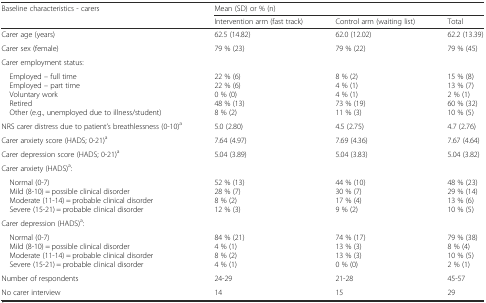
<table><thead><tr><td rowspan="2"><b>Baseline characteristics - carers</b></td><td colspan="3"><b>Mean (SD) or % (n)</b></td></tr><tr><td><b>Intervention arm (fast track)</b></td><td><b>Control arm (waiting list)</b></td><td><b>Total</b></td></tr></thead><tbody><tr><td>Carer age (years)</td><td>62.5 (14.82)</td><td>62.0 (12.02)</td><td>62.2 (13.39)</td></tr><tr><td>Carer sex (female)</td><td>79 % (23)</td><td>79 % (22)</td><td>79 % (45)</td></tr><tr><td>Carer employment status:</td><td></td><td></td><td></td></tr><tr><td> Employed – full time Employed – part time Voluntary workRetired Other (e.g., unemployed due to illness/student)</td><td>22 % (6)22 % (6)0 % (0)48 % (13)8 % (2)</td><td>8 % (2)4 % (1)4 % (1)73 % (19)11 % (3)</td><td>15 % (8)13 % (7)2 % (1)60 % (32)10 % (5)</td></tr><tr><td>NRS carer distress due to patient’s breathlessness (0-10)<sup>a</sup></td><td>5.0 (2.80)</td><td>4.5 (2.75)</td><td>4.7 (2.76)</td></tr><tr><td>Carer anxiety score (HADS; 0-21)<sup>a</sup></td><td>7.64 (4.97)</td><td>7.69 (4.36)</td><td>7.67 (4.64)</td></tr><tr><td>Carer depression score (HADS; 0-21)<sup>a</sup></td><td>5.04 (3.89)</td><td>5.04 (3.83)</td><td>5.04 (3.82)</td></tr><tr><td>Carer anxiety (HADS)<sup>a</sup>:</td><td></td><td></td><td></td></tr><tr><td> Normal (0-7) Mild (8-10) = possible clinical disorder Moderate (11-14) = probable clinical disorder Severe (15-21) = probable clinical disorder</td><td>52 % (13)28 % (7)8 % (2)12 % (3)</td><td>44 % (10)30 % (7)17 % (4)9 % (2)</td><td>48 % (23)29 % (14)13 % (6)10 % (5)</td></tr><tr><td>Carer depression (HADS)<sup>a</sup>:</td><td></td><td></td><td></td></tr><tr><td> Normal (0-7) Mild (8-10) = possible clinical disorder Moderate (11-14) = probable clinical disorder Severe (15-21) = probable clinical disorder</td><td>84 % (21)4 % (1)8 % (2)4 % (1)</td><td>74 % (17)13 % (3)13 % (3)0 % (0)</td><td>79 % (38)8 % (4)10 % (5)2 % (1)</td></tr><tr><td>Number of respondents</td><td>24-29</td><td>21-28</td><td>45-57</td></tr><tr><td>No carer interview</td><td>14</td><td>15</td><td>29</td></tr></tbody></table>